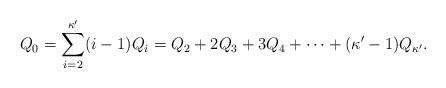
LaTeX: \begin{align*}Q_0=\sum_{i=2}^{\kappa' } (i-1)Q_i=Q_2+2Q_3+3Q_4+\cdots + (\kappa' -1)Q_{\kappa' }.\end{align*}